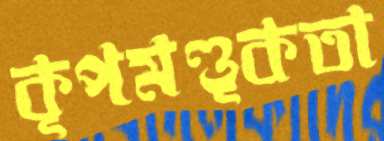
কূপমণ্ডূকতা